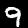
Digit: 9